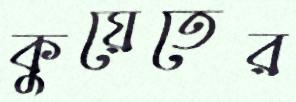
কুয়েতের